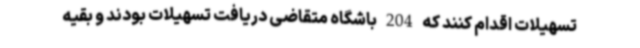
تسهیلات اقدام کنند که 204 باشگاه متقاضی دریافت تسهیلات بودند و بقیه